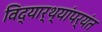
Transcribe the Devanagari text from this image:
विद्यार्थ्यांपर्यंत